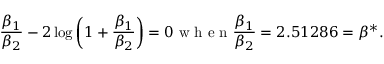
\frac { \beta _ { 1 } } { \beta _ { 2 } } - 2 \log { \left( 1 + \frac { \beta _ { 1 } } { \beta _ { 2 } } \right) } = 0 \mathrm { ~ w ~ h ~ e ~ n ~ } \frac { \beta _ { 1 } } { \beta _ { 2 } } = 2 . 5 1 2 8 6 = \beta ^ { * } .